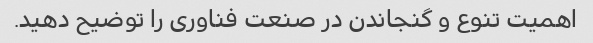
اهمیت تنوع و گنجاندن در صنعت فناوری را توضیح دهید.